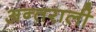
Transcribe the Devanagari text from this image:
अन्तराली